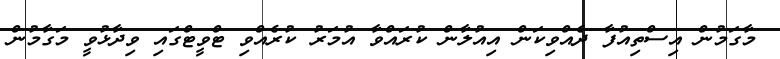
މާގަމުން އިސްތިއުފާ ދެއްވިކަން އިއުލާން ކުރައްވާ އުމަރު ކުރެއްވި ޓްވީޓްގައި ވިދާޅުވީ މަގާމުން